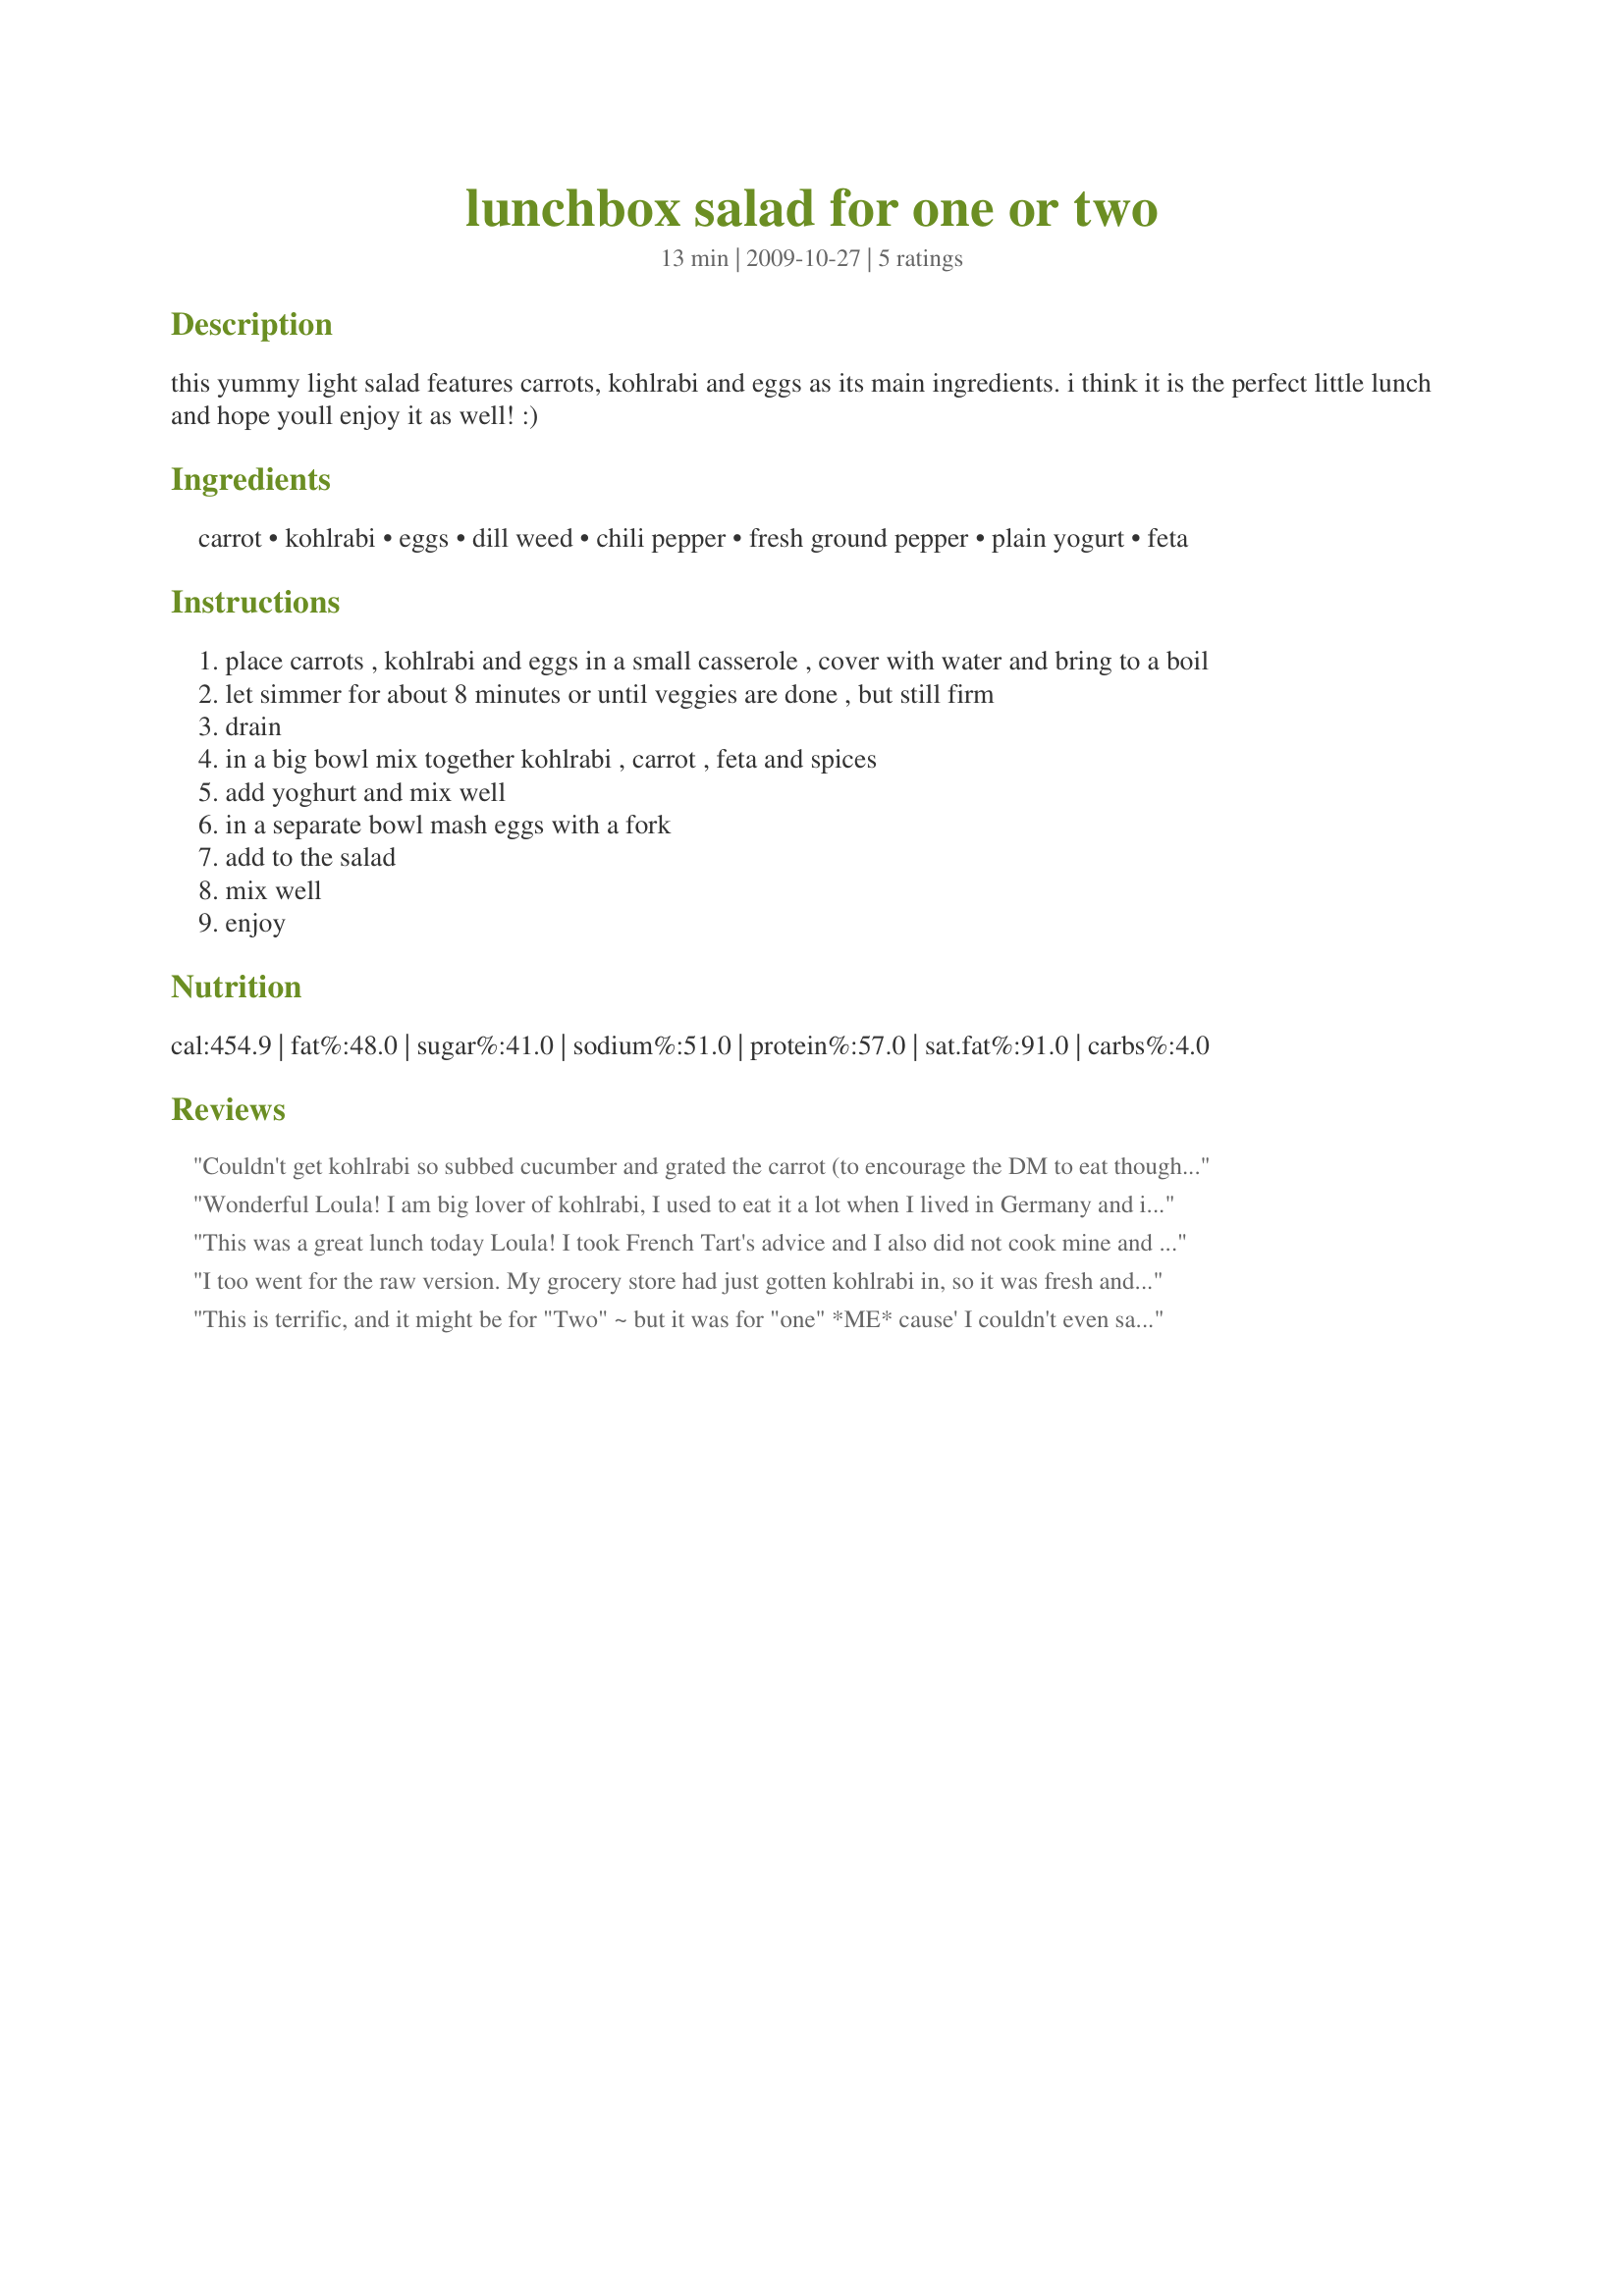
lunchbox salad for one or two
Preparation time: 13 minutes

this yummy light salad features carrots, kohlrabi and eggs as its main ingredients. i think it is the perfect little lunch and hope youll enjoy it as well! :)

Ingredients:
carrot, kohlrabi, eggs, dill weed, chili pepper, fresh ground pepper, plain yogurt, feta

Steps:
place carrots , kohlrabi and eggs in a small casserole , cover with water and bring to a boil
let simmer for about 8 minutes or until veggies are done , but still firm
drain
in a big bowl mix together kohlrabi , carrot , feta and spices
add yoghurt and mix well
in a separate bowl mash eggs with a fork
add to the salad
mix well
enjoy

Reviews:
Couldn't get kohlrabi so subbed cucumber and grated the carrot (to encourage the DM to eat though I put hers into a sandwich which she has enjoyed) and like others I did a raw mix and since I had 2 hard boiled eggs in the fridge it made it easy and quick to make. I ended up with about 3/4 of the mix and I was battling to get through it but the DM has asked if she can have what I left. Thank you Lalaloula, made for Went to Market.
Wonderful Loula! I am big lover of kohlrabi, I used to eat it a lot when I lived in Germany and it is also popular in France too. I used some ready grated carrot and kohlrabi, as well as some grated celeriac. I decided to keep it raw as it was all grated and I like the texture of raw veggies.......I cooked the eggs of course!! I had some for lunch today with a simple cheese platter and crackers, and I have enough for tomorrow's lunch. Made for the Veggie Swap #16 and very much enjoyed, merci encore. FT:-)
This was a great lunch today Loula! I took French Tart's advice and I also did not cook mine and it was so perfectly yummy and crunchy! I also grated my carrots! I think next time I might toss in some avocado!!! Thanks for posting! Made for Potluck tag May 2010!
I too went for the raw version. My grocery store had just gotten kohlrabi in, so it was fresh and a great addition to this dish, I also added avocado and it went nicely. Wonderful dish.
This is terrific, and it might be for "Two" ~ but it was for "one" *ME* cause' I couldn't even save the other serving, well...cause' I devoured it! Following thru with French Tart, the taste of kohlrabi is outstanding! I followed this exactly, mixing the feta, yogurt, and the yellow (yolk) in the blender and made a nice dressing for the topping. Oh this is truly special, and very nice. I did add 1/4 teaspoon salt (course sea salt on top) to the whole thing, and was wonderful. Yum! Thanks for sharing! Made for *Everyday is a Holliday* December 2009
